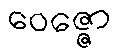
ဝေဇ္ဇော